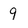
Character: 9